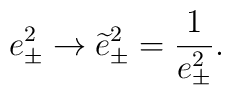
e_{\pm}^{2}\rightarrow \widetilde{e}_{\pm}^{2}=\frac{1}{e_{\pm}^{2}}.